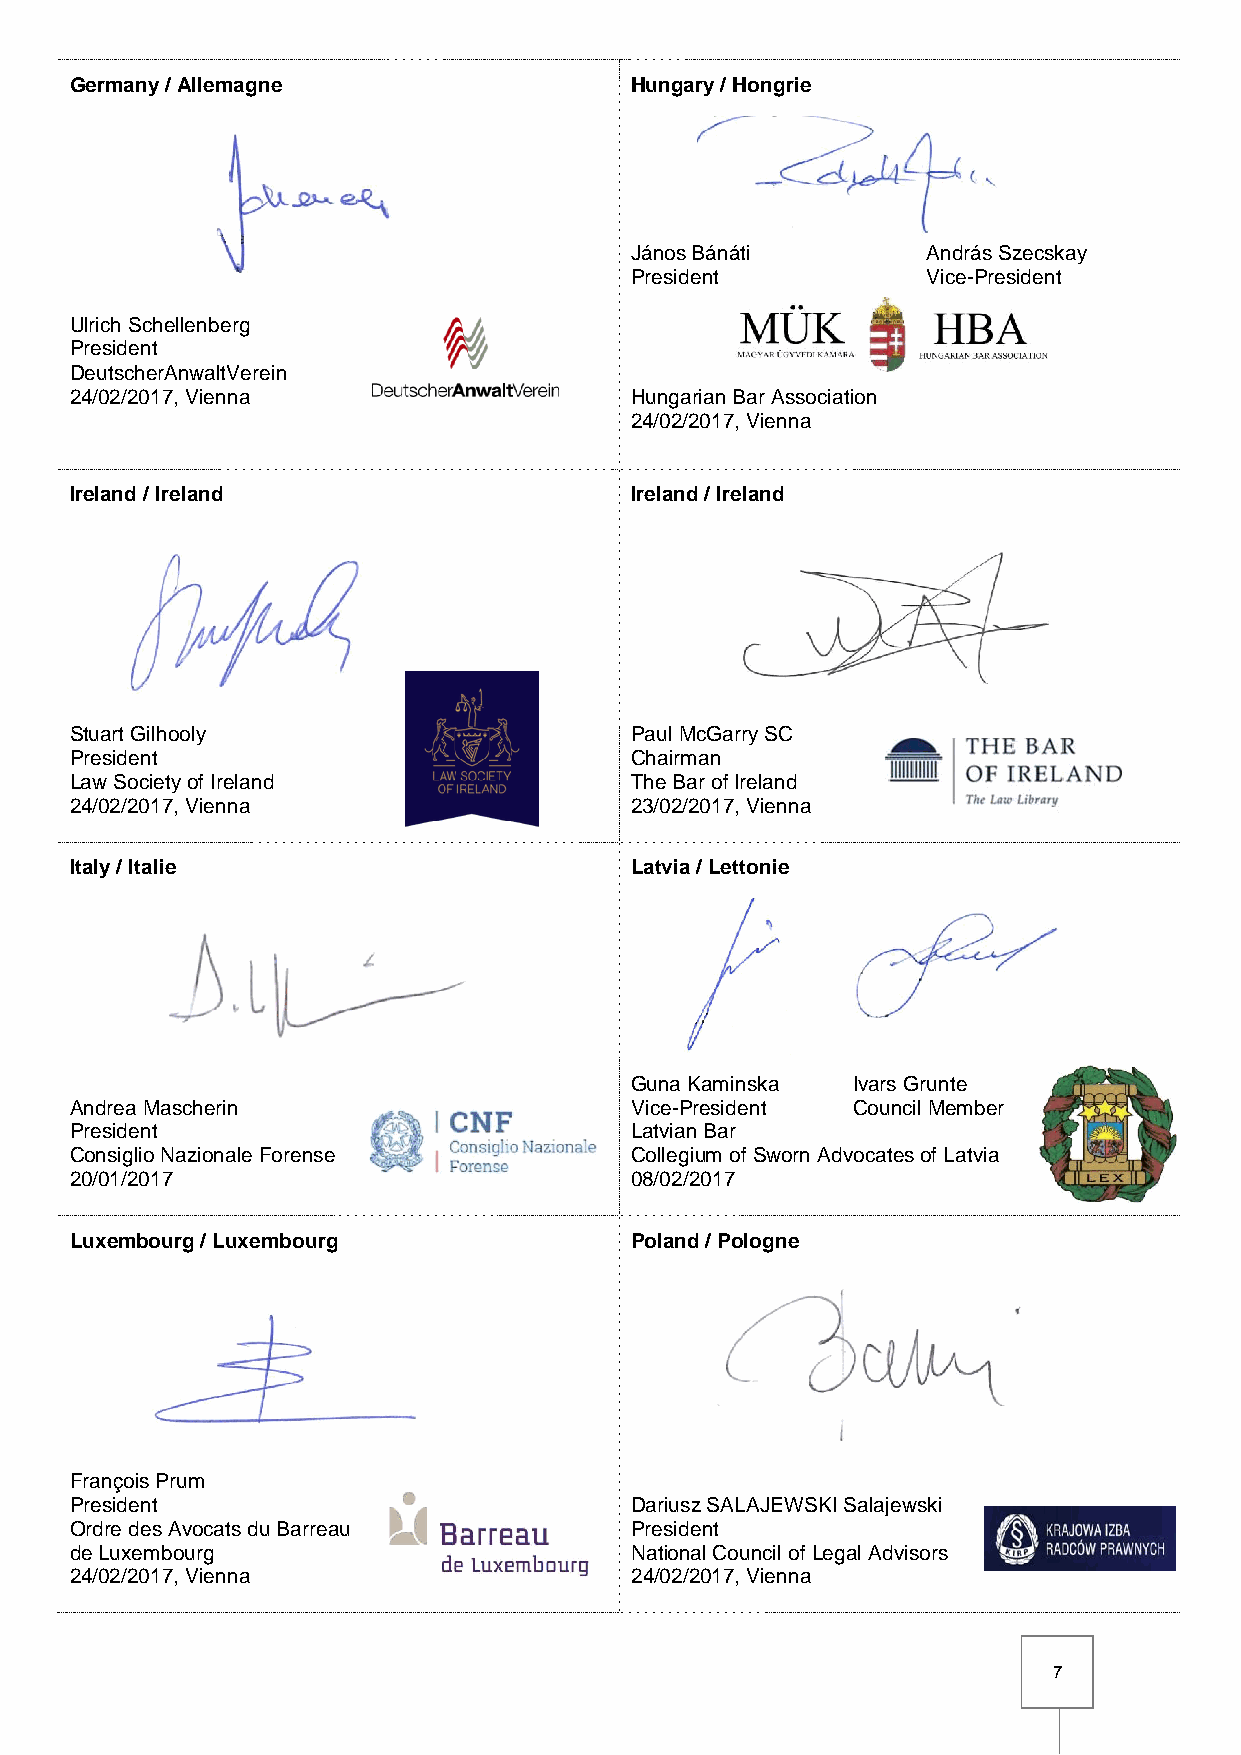
Germany / Allemagne                  Hungary / Hongrie
 János Bánáti       András Szecskay
 President          Vice-President
 Ulrich Schellenberg
 President
 DeutscherAnwaltVerein
 24/02/2017, Vienna                   Hungarian Bar Association
 24/02/2017, Vienna
 Ireland / Ireland                    Ireland / Ireland
 Stuart Gilhooly                      Paul McGarry SC
 President                            Chairman
 Law Society of Ireland               The Bar of Ireland
 24/02/2017, Vienna                   23/02/2017, Vienna
 Italy / Italie                       Latvia / Lettonie
 Guna Kaminska Ivars Grunte
 Andrea Mascherin                     Vice-President Council Member
 President                            Latvian Bar
 Consiglio Nazionale Forense          Collegium of Sworn Advocates of Latvia
 20/01/2017                           08/02/2017
 Luxembourg / Luxembourg              Poland / Pologne
 François Prum
 President                            Dariusz SALAJEWSKI Salajewski
 Ordre des Avocats du Barreau         President
 de Luxembourg                        National Council of Legal Advisors
 24/02/2017, Vienna                   24/02/2017, Vienna
 7